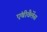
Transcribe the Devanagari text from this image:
एंबीवैलेंस